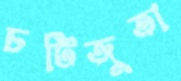
চটিজুতা